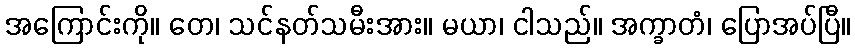
အကြောင်းကို။ တေ၊ သင်နတ်သမီးအား။ မယာ၊ ငါသည်။ အက္ခာတံ၊ ပြောအပ်ပြီ။